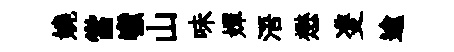
嬈當巘山味嬋浯懋㕠逾